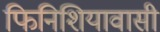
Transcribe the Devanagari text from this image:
फिनिशियावासी